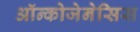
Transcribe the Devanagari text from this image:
ऑन्कोजेनेसिस